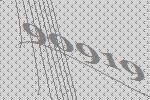
90919